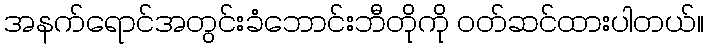
အနက်ရောင်အတွင်းခံဘောင်းဘီတိုကို ဝတ်ဆင်ထားပါတယ်။